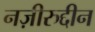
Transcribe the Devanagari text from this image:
नज़ीरुद्दीन